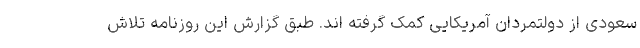
سعودی از دولتمردان آمریکایی کمک گرفته اند. طبق گزارش این روزنامه تلاش